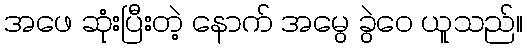
အဖေ ဆုံးပြီးတဲ့ နောက် အမွေ ခွဲဝေ ယူသည်။